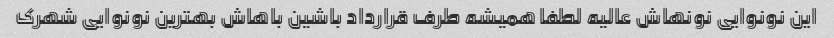
این نونوایی نونهاش عالیه لطفا همیشه طرف قرارداد باشین باهاش بهترین نونوایی شهرک